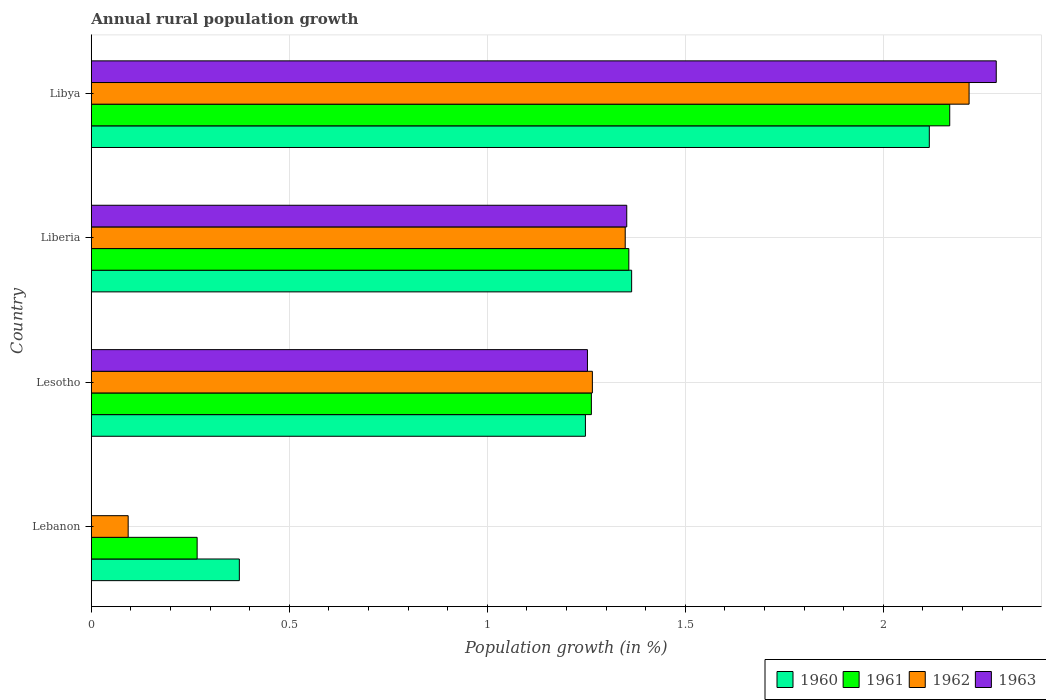
| Country | 1960 | 1961 | 1962 | 1963 |
 | --- | --- | --- | --- | --- |
 | Lebanon | 0.374 | 0.267 | 0.0931 | -0.174 |
 | Lesotho | 1.25 | 1.26 | 1.27 | 1.25 |
 | Liberia | 1.36 | 1.36 | 1.35 | 1.35 |
 | Libya | 2.12 | 2.17 | 2.22 | 2.29 |